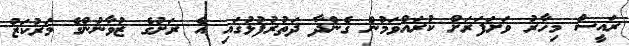
ރައީސް މިހާރު ވަށަފަރަށް ކުރައްވަމުން ގެންދާ ދަތުރުފުޅުގައި އެ ރަށުގެ ޒުވާނުންގެ މަރުކަޒު